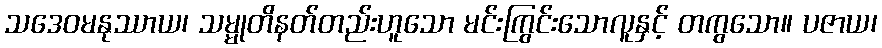
သဒေဝမနုဿာယ၊ သမ္မုတိနတ်တည်းဟူသော မင်းကြွင်းသောလူနှင့် တကွသော။ ပဇာယ၊